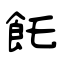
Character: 飥